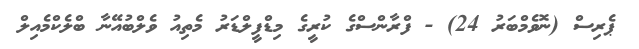
ޕެރިސް (ނޮވެމްބަރު 24) - ފްރާންސްގެ ކުރީގެ މިޑްފީލްޑަރު މެތިއު ވެލްބުއޭނާ ބްލެކްމެއިލް